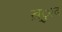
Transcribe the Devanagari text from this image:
ख़्ुाद